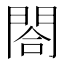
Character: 閤